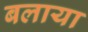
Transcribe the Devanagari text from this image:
बलाया